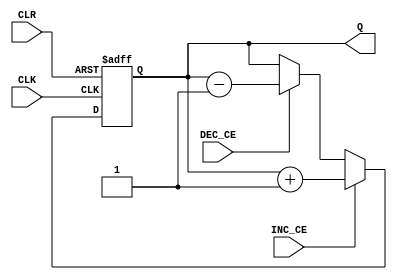
`timescale 1ns / 1ps
/// @file inc_dec_reg.v
///
/// @note Copyright (c) 2022 AMSUC - Dominik Kala i Dawid Jaraczewski

/// Modu inkrementujcy/dekrementujcy rejestr na podstawie sygnau wejciowego.
///
/// @tparam IN_BITS_NUM - Liczba bitow wyjciowej liczby.
///
/// @param [IN] CLK - Zegar.
/// @param [IN] CLR - Aysnchroniczne wejscie resetujace stan modulu.
/// @param [IN] INC_CE - Aktywacja inkrementacji.
/// @param [IN] DEC_CE - Aktywacja dekrementacji.
/// @param [OUT] Q - Liczba zapisana w systemie dziesitnym.

module INC_DEC_REG #(
  parameter BITS_NUM = 8
) (
  input CLK,
  input CLR,
  input INC_CE,
  input DEC_CE,
  output reg [BITS_NUM-1:0] Q
);
  always @(posedge CLK or posedge CLR) begin
    if (CLR)
      Q <= {BITS_NUM{1'b0}};
    else begin
      if (INC_CE)
        Q <= Q + 1;
      else if (DEC_CE)
        Q <= Q - 1;
      else
        Q <= Q;
    end
  end
endmodule